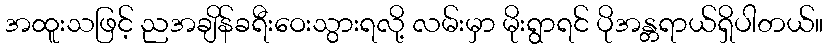
အထူးသဖြင့် ညအချိန်ခရီးဝေးသွားရလို့ လမ်းမှာ မိုးရွာရင် ပိုအန္တရာယ်ရှိပါတယ်။